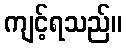
ကျင့်ရသည်။